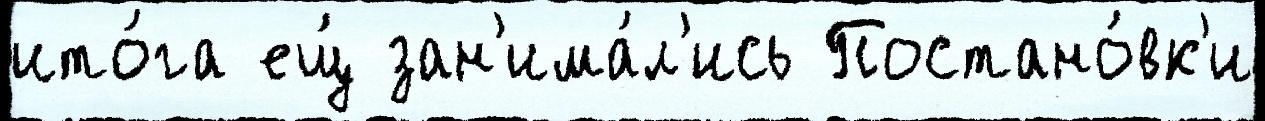
ито́га ещ́ зан'има́л'ись Постано́вк'и